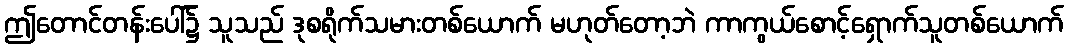
ဤတောင်တန်းပေါ်၌ သူသည် ဒုစရိုက်သမားတစ်ယောက် မဟုတ်တော့ဘဲ ကာကွယ်စောင့်ရှောက်သူတစ်ယောက်